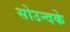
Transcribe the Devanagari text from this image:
सोउन्दके